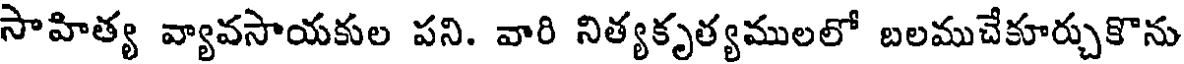
సాహిత్య వ్యావసాయకుల పని. వారి నిత్యకృత్యములలో బలముచేకూర్చుకొను